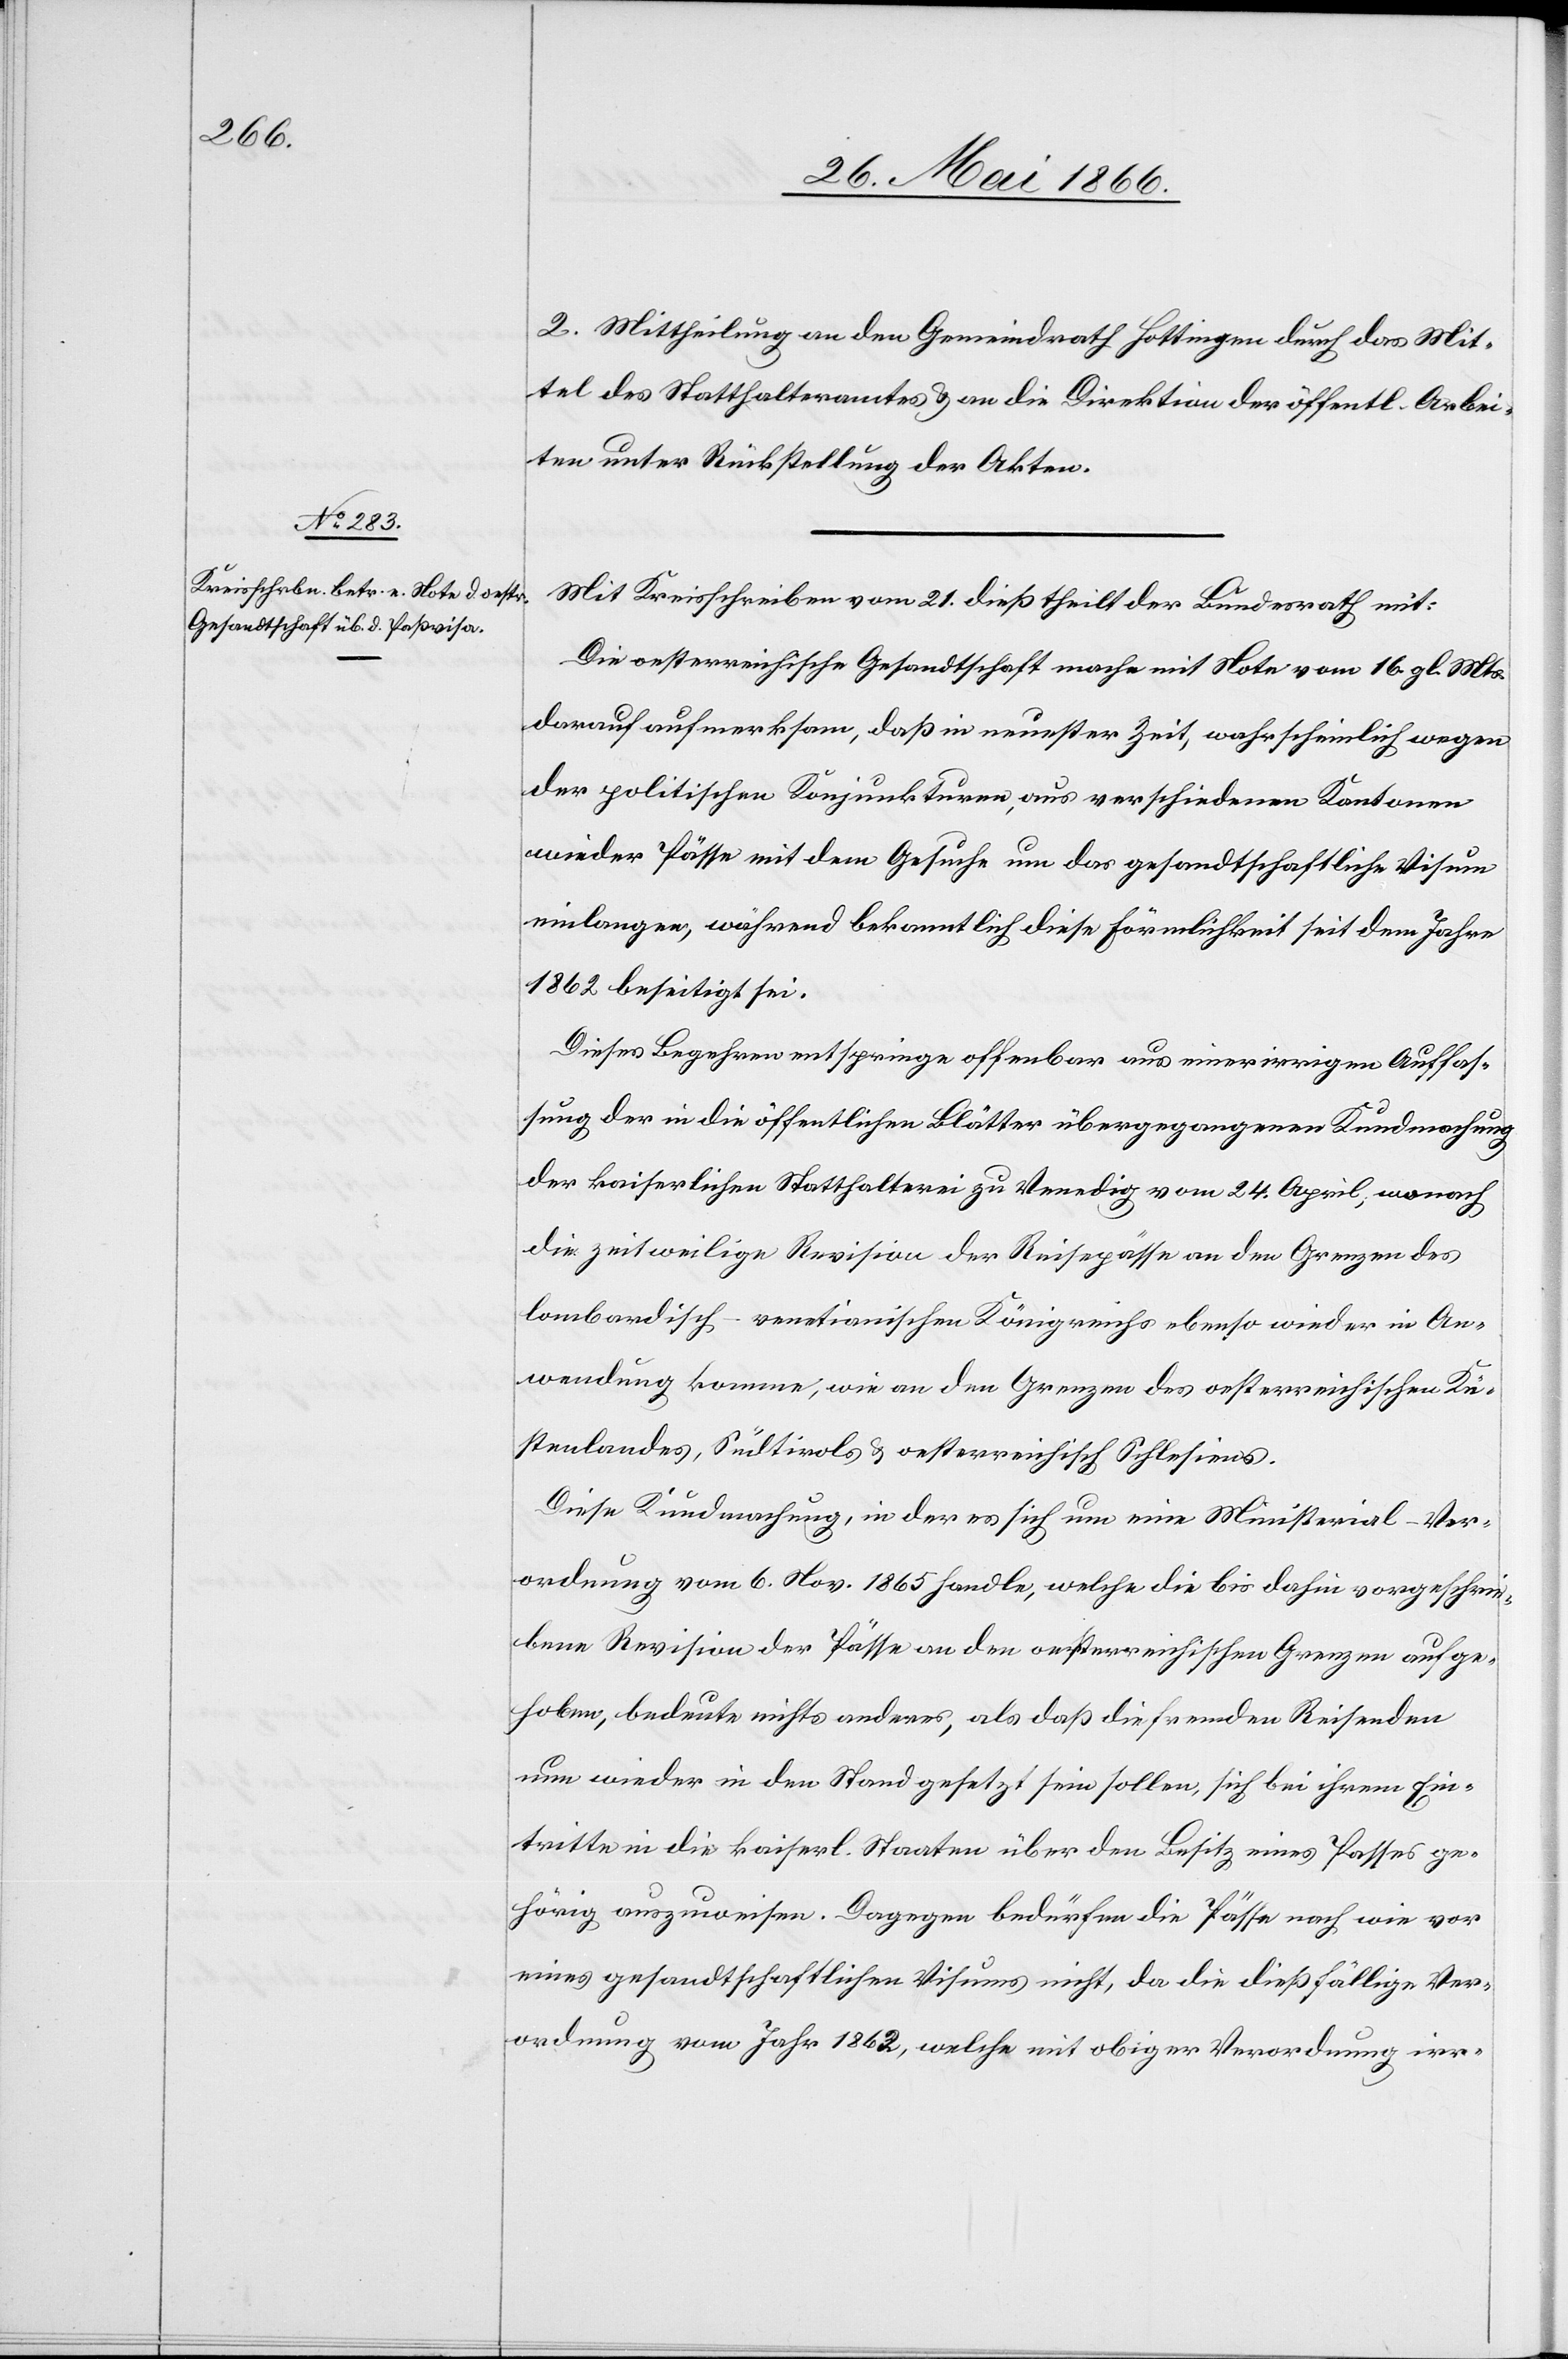
2. Mittheilung an den Gemeindrath Hottingen durch das Mit¬
tel des Statthalteramtes u. an die Direktion der öffentl. Arbei¬
ten unter Rückstellung der Akten.
Mit Kreisschreiben vom 21. dieß theilt der Bundesrath mit:
Die oesterreichische Gesandtschaft mache mit Note vom 16. gl. Mts.
darauf aufmerksam, daß in neuester Zeit, wahrscheinlich wegen
der politischen Konjunktionen aus verschiedenen Kantonen
wieder Pässe mit dem Gesuche um das gesandtschaftliche Visum
einlangen, während bekanntlich diese Förmlichkeit seit dem Jahre
1862 beseitigt sei.
Dieses Begehren entspringe offenbar aus einer irrigen Auffas¬
sung der in die öffentlichen Blätter übergegangenen Kundmachung
der kaiserlichen Statthalterei zu Venedig vom 24. April, wonach
die zeitweilige Revision der Reisepässe an den Grenzen des
lombardisch-venetischen Königreichs ebenso wieder in An¬
wendung komme, wie an den Grenzen des oesterreichischen Kü¬
stenlandes, Südtirols u. oesterreichisch Schlesiens.
Diese Kundgebung, in der es sich um eine Ministerial-Ver¬
ordnung vom 6. Nov. 1865 handle, welche die bis dahin vorgeschrie¬
bene Revision der Pässe an den oesterreichischen Grenzen aufge¬
hoben, bedeute nichts anderes, als daß die fremden Reisenden
nun wieder in den Stand gesetzt sein sollen, sich bei ihrem Ein¬
tritte in die kaiserl. Staaten über den Besitz eines Passes ge¬
hörig auszuweisen. Dagegen bedürfen die Pässe nach wie vor
eines gesandtschaftlichen Visums nicht, da die dießfällige Ver¬
ordnung vom Jahr 1862, welche mit obiger Verordnung irr-